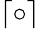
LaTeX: \lceil\circ\rceil